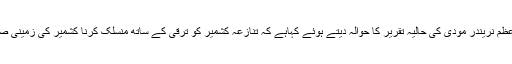
حریت فورم کے چیئرمین میر واعظ عمر فاروق نے سرینگر میں بھارتی وزیر اعظم نریندر مودی کی حالیہ تقریر کا حوالہ دیتے ہوئے کہاہے کہ تنازعہ کشمیر کو ترقی کے ساتھ منسلک کرنا کشمیر کی زمینی صورتحال سے عالمی برادری کی توجہ ہٹانے کی ایک سوچی سمجھی سازش ہے ۔